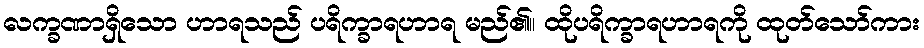
လက္ခဏာရှိသော ဟာရသည် ပရိက္ခာရဟာရ မည်၏။ ထိုပရိက္ခာရဟာရကို ထုတ်သော်ကား